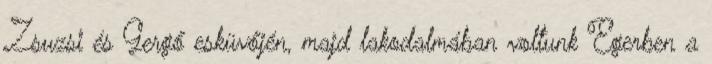
Zsuzsi és Gergő esküvőjén, majd lakodalmában voltunk Egerben a